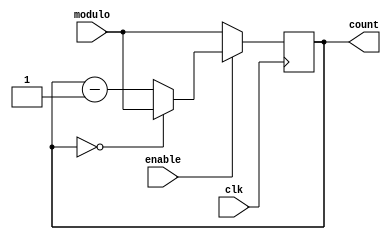
module ModuloN_Down_Counter (
    input wire clk,
    input wire enable,
    input wire [7:0] modulo,
    output reg [7:0] count
);

always @(posedge clk) begin
    if (enable) begin
        if (count == 0) begin
            count <= modulo;
        end else begin
            count <= count - 1;
        end
    end else begin
        count <= modulo;
    end
end

endmodule